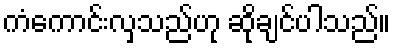
ကံကောင်းလှသည်ဟု ဆိုချင်ပါသည်။